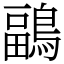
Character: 鶝